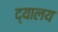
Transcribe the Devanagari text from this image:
द्यालय